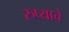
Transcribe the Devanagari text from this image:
रुप्याचे